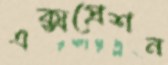
এক্সপ্রেশন